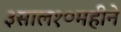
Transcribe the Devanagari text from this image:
३साल१०महीने